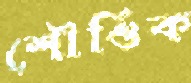
শৌণ্ডিক